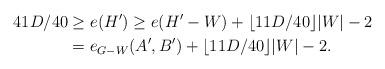
LaTeX: \begin{align*}41D/40 & \ge e(H') \ge e ( H'- W ) + \lfloor 11D / 40 \rfloor |W| - 2\\& = e_{G- W}(A',B') + \lfloor 11D / 40 \rfloor |W| - 2.\end{align*}